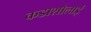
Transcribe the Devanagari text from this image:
कडाशोलाई